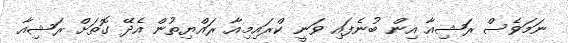
ނަމަވެސް ރަޝިއާ އިން ބުނެފައި ވަނީ ކްރައިމިއާ ރައްޔިތުން އެދޭ ގޮތަށް ރަޝިއާ